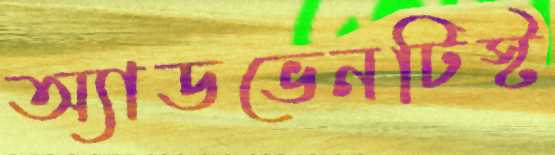
অ্যাডভেনটিস্ট